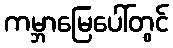
ကမ္ဘာမြေပေါ်တွင်